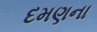
દમણના